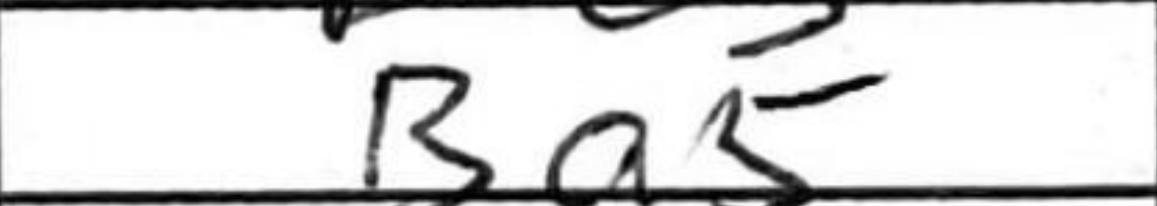
Transcription: Ba5